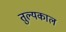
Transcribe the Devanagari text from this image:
तुल्यकाल